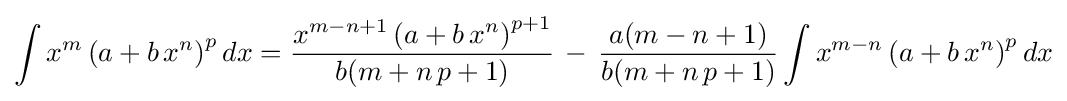
\int x^{m}\left(a+b\,x^{n}\right)^{p}dx={\frac {x^{m-n+1}\left(a+b\,x^{n}\right)^{p+1}}{b(m+n\,p+1)}}\,-\,{\frac {a(m-n+1)}{b(m+n\,p+1)}}\int x^{m-n}\left(a+b\,x^{n}\right)^{p}dx